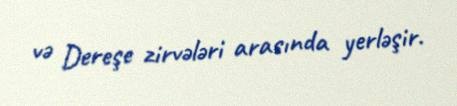
və Dereşe zirvələri arasında yerləşir.